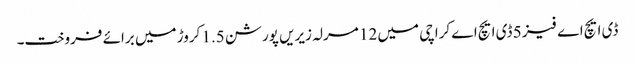
ڈی ایچ اے فیز 5 ڈی ایچ اے کراچی میں 12 مرلہ زیریں پورشن 1.5 کروڑ میں برائے فروخت۔